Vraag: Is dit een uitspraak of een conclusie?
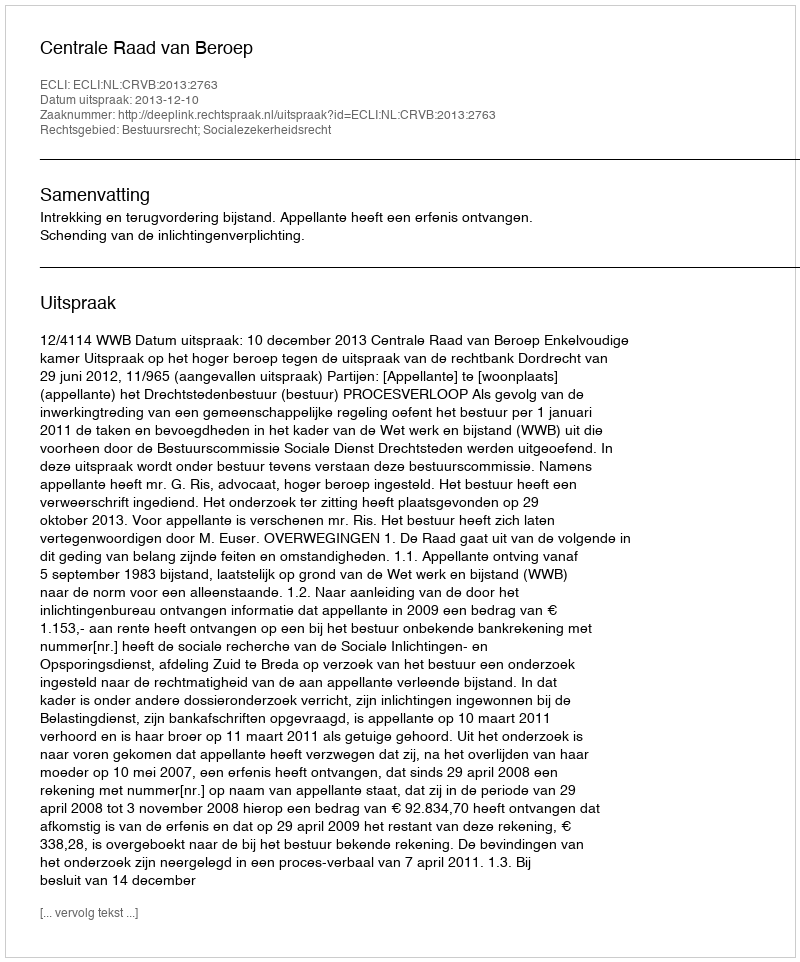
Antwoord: Uitspraak